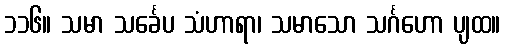
၁၁၆။ သမာ သင်္ခေပ သံဟာရာ၊ သမာသော သင်္ဂဟော ပျထ။